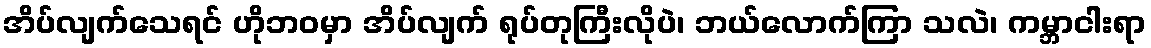
အိပ်လျက်သေရင် ဟိုဘဝမှာ အိပ်လျက် ရုပ်တုကြီးလိုပဲ၊ ဘယ်လောက်ကြာ သလဲ၊ ကမ္ဘာငါးရာ